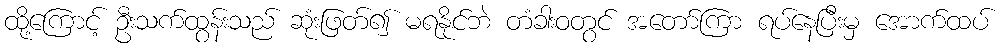
ထို့ကြောင့် ဦးသက်ထွန်းသည် ဆုံးဖြတ်၍ မရနိုင်ဘဲ တံခါးဝတွင် အတော်ကြာ ရပ်နေပြီးမှ အောက်ထပ်